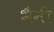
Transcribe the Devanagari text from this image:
भैनी